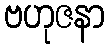
ဗဟုဇနာ